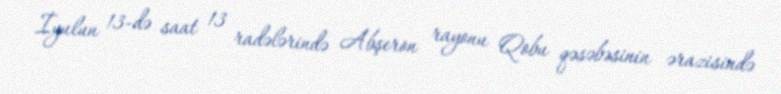
İyulun 13-də saat 13 radələrində Abşeron rayonu Qobu qəsəbəsinin ərazisində